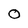
Character: 0